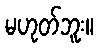
မဟုတ်ဘူး။